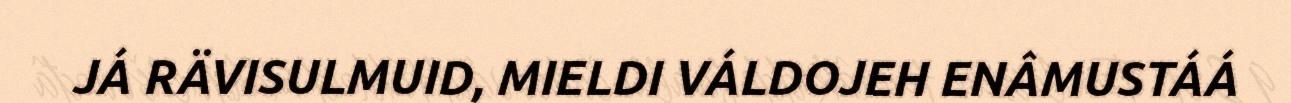
JÁ RÄVISULMUID, MIELDI VÁLDOJEH ENÂMUSTÁÁ